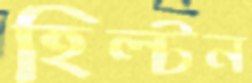
হিল্টন